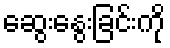
ဆွေးနွေးခြင်းကို